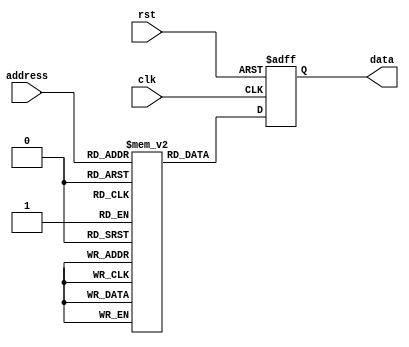
module OTP_ROM (
    input wire clk,
    input wire rst,
    input wire [9:0] address,
    output reg [31:0] data
);

reg [31:0] rom [1023:0]; // Initialize ROM memory array

initial begin
    // Initialize memory with fixed data or firmware
    // Example: Store boot-up code at address 0
    rom[0] = 32'hDEADBEEF;

    // Example: Store configuration settings at address 256
    rom[256] = 32'hCAFEF00D;

    // Example: Store device calibration data at address 512
    rom[512] = 32'hBEEFFACE;
end

always @(posedge clk or posedge rst) begin
    if (rst) begin
        data <= 32'h00000000; // Reset output data
    end else begin
        data <= rom[address]; // Read data from ROM memory at specified address
    end
end
endmodule